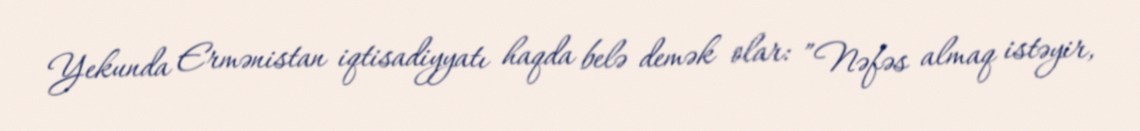
Yekunda Ermənistan iqtisadiyyatı haqda belə demək olar: ”Nəfəs almaq istəyir,